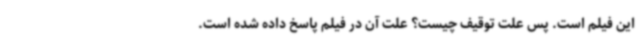
این فیلم است. پس علت توقیف چیست؟ علت آن در فیلم پاسخ داده شده است.